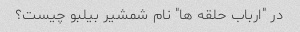
در "ارباب حلقه ها" نام شمشیر بیلبو چیست؟